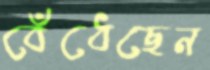
বেঁধেছেন